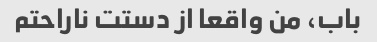
باب، من واقعا از دستت ناراحتم